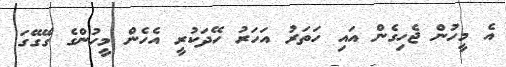
އެ މީހުން ޖެހިގެން އައި ހަތަރު އަހަރު ހޭދަކުރީ އެހެން މީހުންގެ ގޭގޭގަ